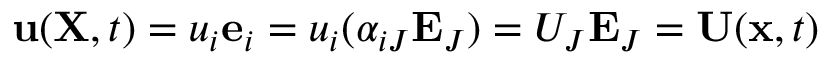
\mathbf { u } ( \mathbf { X } , t ) = u _ { i } \mathbf { e } _ { i } = u _ { i } ( \alpha _ { i J } \mathbf { E } _ { J } ) = U _ { J } \mathbf { E } _ { J } = \mathbf { U } ( \mathbf { x } , t )